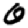
Digit: 0